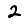
Digit: 2